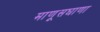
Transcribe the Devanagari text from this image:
माणूसघाणा